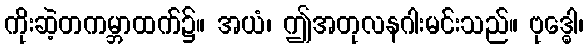
ကိုးဆဲ့တကမ္ဘာထက်၌။ အယံ၊ ဤအတုလနဂါးမင်းသည်။ ဗုဒ္ဓေါ၊